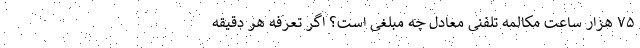
۷۵ هزار ساعت مکالمه تلفنی معادل چه مبلغی است؟ اگر تعرفه هر دقیقه